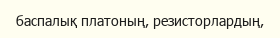
баспалық платоның, резисторлардың,